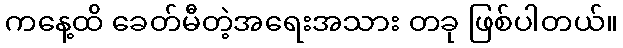
ကနေ့ထိ ခေတ်မီတဲ့အရေးအသား တခု ဖြစ်ပါတယ်။